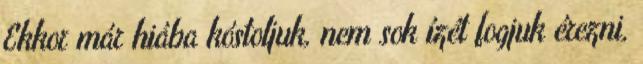
Ekkor már hiába kóstoljuk, nem sok ízét fogjuk érezni,